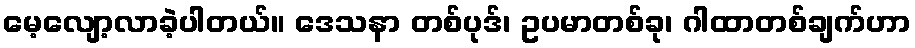
မေ့လျော့လာခဲ့ပါတယ်။ ဒေသနာ တစ်ပုဒ်၊ ဥပမာတစ်ခု၊ ဂါထာတစ်ချက်ဟာ